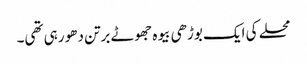
محلے کی ایک بوڑھی بیوہ جھوٹے برتن دھو رہی تھی۔